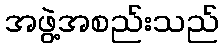
အဖွဲ့အစည်းသည်